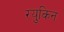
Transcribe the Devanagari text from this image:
रयुकिन